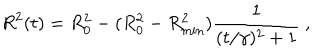
R ^ { 2 } ( t ) = R _ { 0 } ^ { 2 } - ( R _ { 0 } ^ { 2 } - R _ { \mathrm { m i n } } ^ { 2 } ) \frac { 1 } { ( t / \gamma ) ^ { 2 } + 1 } ~ ,